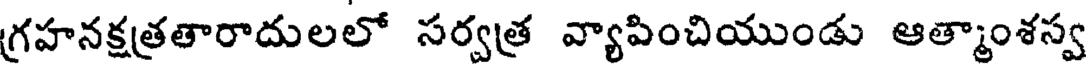
గ్రహనక్షత్రతారాదులలో సర్వత్ర వ్యాపించియుండు ఆత్మాంశస్వ